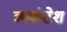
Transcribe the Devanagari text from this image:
व्यकंटेश